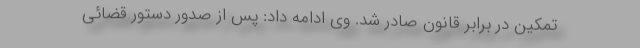
تمکین در برابر قانون صادر شد. وی ادامه داد: پس از صدور دستور قضائی